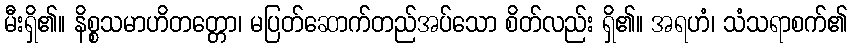
မီးရှိ၏။ နိစ္စသမာဟိတတ္တော၊ မပြတ်ဆောက်တည်အပ်သော စိတ်လည်း ရှိ၏။ အရဟံ၊ သံသရာစက်၏